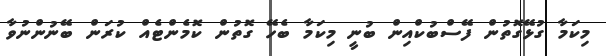
މިކަމާ ގުޅޭގޮތުން ފޭސްބުކްއިން ބުނީ މިކަމާ ބެހޭ ގޮތުން ކޮމެންޓެއް ކުރަން ބޭނުންނުވާ